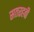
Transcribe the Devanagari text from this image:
सतरहवी